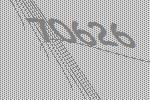
70626